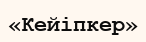
«Кейіпкер»